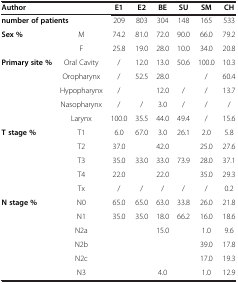
<table><thead><tr><td colspan="2"><b>Author</b></td><td><b>E1</b></td><td><b>E2</b></td><td><b>BE</b></td><td><b>SU</b></td><td><b>SM</b></td><td><b>CH</b></td></tr></thead><tbody><tr><td colspan="2"><b>number of patients</b></td><td>209</td><td>803</td><td>304</td><td>148</td><td>165</td><td>533</td></tr><tr><td rowspan="2"><b>Sex %</b></td><td>M</td><td>74.2</td><td>81.0</td><td>72.0</td><td>90.0</td><td>66.0</td><td>79.2</td></tr><tr><td>F</td><td>25.8</td><td>19.0</td><td>28.0</td><td>10.0</td><td>34.0</td><td>20.8</td></tr><tr><td rowspan="5"><b>Primary site %</b></td><td>Oral Cavity</td><td>/</td><td>12.0</td><td>13.0</td><td rowspan="2">50.6</td><td>100.0</td><td>10.3</td></tr><tr><td>Oropharynx</td><td>/</td><td rowspan="2">52.5</td><td>28.0</td><td>/</td><td>60.4</td></tr><tr><td>Hypopharynx</td><td>/</td><td>12.0</td><td>/</td><td>/</td><td>13.7</td></tr><tr><td>Nasopharynx</td><td>/</td><td>/</td><td>3.0</td><td>/</td><td>/</td><td>/</td></tr><tr><td>Larynx</td><td>100.0</td><td>35.5</td><td>44.0</td><td>49.4</td><td>/</td><td>15.6</td></tr><tr><td rowspan="5"><b>T stage %</b></td><td>T1</td><td>6.0</td><td rowspan="2">67.0</td><td>3.0</td><td rowspan="2">26.1</td><td>2.0</td><td>5.8</td></tr><tr><td>T2</td><td>37.0</td><td>42.0</td><td>25.0</td><td>27.6</td></tr><tr><td>T3</td><td>35.0</td><td rowspan="2">33.0</td><td>33.0</td><td rowspan="2">73.9</td><td>28.0</td><td>37.1</td></tr><tr><td>T4</td><td>22.0</td><td>22.0</td><td>35.0</td><td>29.3</td></tr><tr><td>Tx</td><td>/</td><td>/</td><td>/</td><td>/</td><td>/</td><td>0.2</td></tr><tr><td><b>N stage %</b></td><td>N0</td><td>65.0</td><td>65.0</td><td>63.0</td><td>33.8</td><td>26.0</td><td>21.8</td></tr><tr><td> </td><td>N1</td><td rowspan="5">35.0</td><td rowspan="5">35.0</td><td>18.0</td><td rowspan="5">66.2</td><td>16.0</td><td>18.6</td></tr><tr><td> </td><td>N2a</td><td rowspan="3">15.0</td><td>1.0</td><td>9.6</td></tr><tr><td> </td><td>N2b</td><td>39.0</td><td>17.8</td></tr><tr><td> </td><td>N2c</td><td>17.0</td><td>19.3</td></tr><tr><td> </td><td>N3</td><td>4.0</td><td>1.0</td><td>12.9</td></tr></tbody></table>